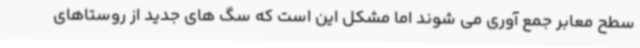
سطح معابر جمع آوری می شوند اما مشکل این است که سگ های جدید از روستاهای